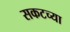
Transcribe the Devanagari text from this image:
सकटच्या